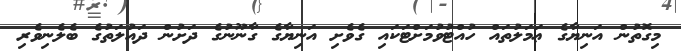
މިގޮތުން އަނިޔާގެ ޢަމަލުތައް ހުއްޓުވުމަށްޓަކައި ގެވެށި އަނިޔާގެ ގާނޫނުގެ ދަށުން ދައުލަތުގެ ބެލެނިވެރި